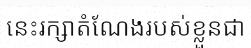
នេះរក្សាតំណែងរបស់ខ្លួនជា